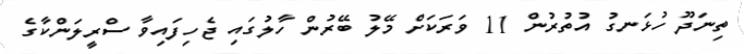
ތިނަދޫ ހުޅަނގު އުތުރުން 11 ވަރަކަށް މޭލު ބޭރުން ހާލުގައި ޖެހިފައިވާ ސްރީލަންކާގެ